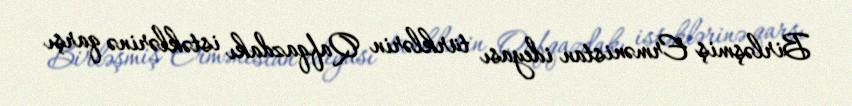
Birləşmiş Ermənistan ideyası türklərin Qafqazdakı istəklərinə qarşı